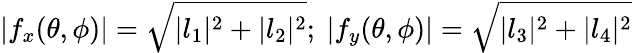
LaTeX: |f_{x}(\theta,\phi)|=\sqrt{|l_{1}|^{2}+|l_{2}|^{2}};\ |f_{y}(\theta,\phi)|=\sqrt{|l_{3}|^{2}+|l_{4}|^{2}}